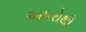
અધરોથી